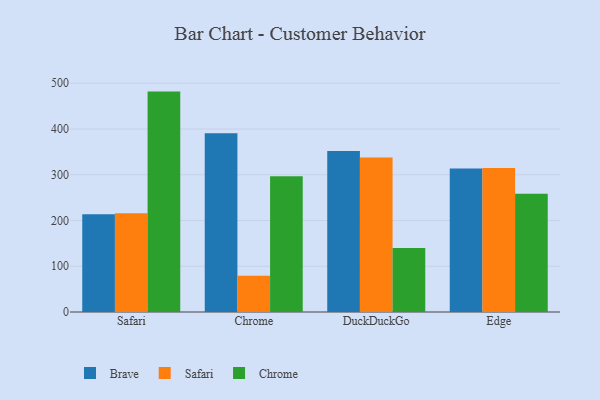
{"axis": {"x": "Browser", "y": "Energy Usage (MWh)"}, "legend": ["Brave", "Chrome", "Safari"], "data": [{"x": "Safari", "y": 213.5, "type": "Brave"}, {"x": "Safari", "y": 215.7, "type": "Safari"}, {"x": "Safari", "y": 481.8, "type": "Chrome"}, {"x": "Chrome", "y": 390.5, "type": "Brave"}, {"x": "Chrome", "y": 79.0, "type": "Safari"}, {"x": "Chrome", "y": 296.9, "type": "Chrome"}, {"x": "DuckDuckGo", "y": 352.2, "type": "Brave"}, {"x": "DuckDuckGo", "y": 337.6, "type": "Safari"}, {"x": "DuckDuckGo", "y": 140.1, "type": "Chrome"}, {"x": "Edge", "y": 313.6, "type": "Brave"}, {"x": "Edge", "y": 314.9, "type": "Safari"}, {"x": "Edge", "y": 258.7, "type": "Chrome"}]}